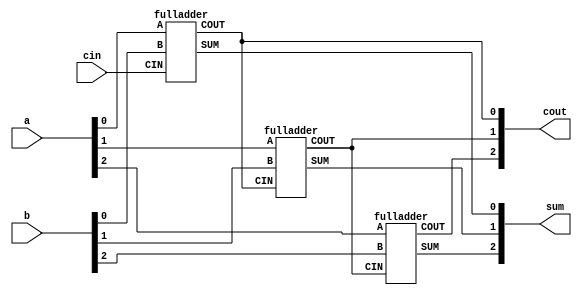
/* Now that you know how to build a full adder, make 3 instances of it to create a 3-bit binary ripple-carry adder. 
The adder adds two 3-bit numbers and a carry-in to produce a 3-bit sum and carry out.
To encourage you to actually instantiate full adders, also output the carry-out from each full adder in the ripple-carry adder. 
cout[2] is the final carry-out from the last full adder, and is the carry-out you usually see. */

module top_module( 
    input [2:0] a, b,
    input cin,
    output [2:0] cout,
    output [2:0] sum );
    wire c1,c2;
    fulladder fa0(.A(a[0]),.B(b[0]),.CIN(cin),.SUM(sum[0]),.COUT(c1));
    fulladder fa1(.A(a[1]),.B(b[1]),.CIN(c1),.SUM(sum[1]),.COUT(c2));
    fulladder fa2(.A(a[2]),.B(b[2]),.CIN(c2),.SUM(sum[2]),.COUT(cout[2]));
    
    assign cout[0]=c1;
    assign cout[1]=c2;

endmodule

module fulladder(input A,input B,input CIN,output SUM,output COUT);
    assign COUT=A*B|B*CIN|CIN*A;
    assign SUM=A^B^CIN;
endmodule